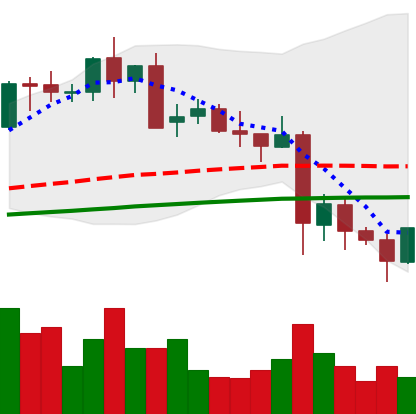
Ticker: LTC-USD
Chart end date: 2021-05-24
Forward return: -10.971%
Label: down_7plus